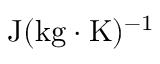
\mathrm { J } ( \mathrm { k g } \cdot \mathrm { K } ) ^ { - 1 }